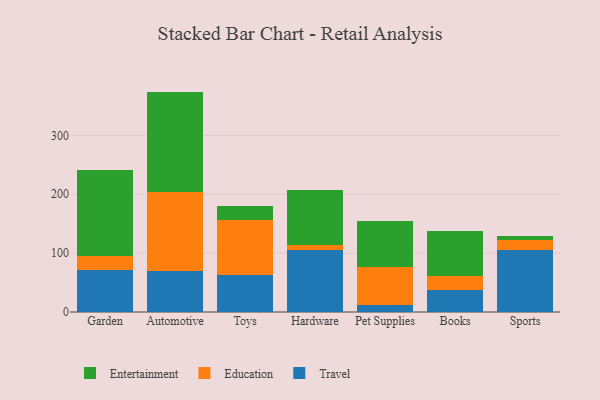
{"axis": {"x": "Category", "y": "Churn Rate (%)"}, "legend": ["Education", "Entertainment", "Travel"], "data": [{"x": "Garden", "y": 70.7, "type": "Travel"}, {"x": "Garden", "y": 23.7, "type": "Education"}, {"x": "Garden", "y": 146.9, "type": "Entertainment"}, {"x": "Automotive", "y": 69.2, "type": "Travel"}, {"x": "Automotive", "y": 134.0, "type": "Education"}, {"x": "Automotive", "y": 171.2, "type": "Entertainment"}, {"x": "Toys", "y": 63.6, "type": "Travel"}, {"x": "Toys", "y": 92.4, "type": "Education"}, {"x": "Toys", "y": 24.6, "type": "Entertainment"}, {"x": "Hardware", "y": 105.9, "type": "Travel"}, {"x": "Hardware", "y": 8.0, "type": "Education"}, {"x": "Hardware", "y": 93.6, "type": "Entertainment"}, {"x": "Pet Supplies", "y": 11.2, "type": "Travel"}, {"x": "Pet Supplies", "y": 65.4, "type": "Education"}, {"x": "Pet Supplies", "y": 77.5, "type": "Entertainment"}, {"x": "Books", "y": 38.0, "type": "Travel"}, {"x": "Books", "y": 22.6, "type": "Education"}, {"x": "Books", "y": 76.7, "type": "Entertainment"}, {"x": "Sports", "y": 104.8, "type": "Travel"}, {"x": "Sports", "y": 16.7, "type": "Education"}, {"x": "Sports", "y": 7.0, "type": "Entertainment"}]}